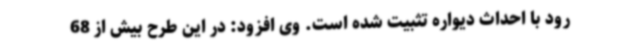
رود با احداث دیواره تثبیت شده است. وی افزود: در این طرح بیش از 68